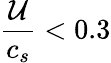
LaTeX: \frac{\mathcal{U}}{c_{s}}<0.3